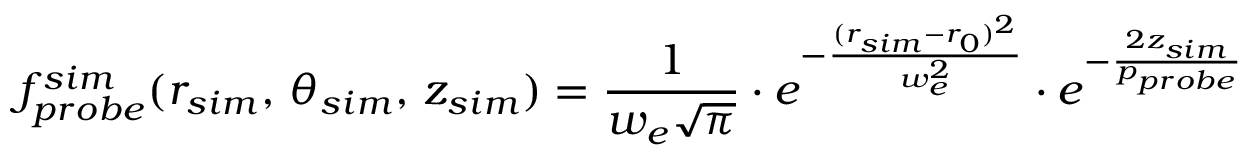
f _ { p r o b e } ^ { s i m } ( r _ { s i m } , \, \theta _ { s i m } , \, z _ { s i m } ) = \frac { 1 } { w _ { e } \sqrt { \pi } } \cdot e ^ { - \frac { ( r _ { s i m } - r _ { 0 } ) ^ { 2 } } { w _ { e } ^ { 2 } } } \cdot e ^ { - \frac { 2 z _ { s i m } } { p _ { p r o b e } } }